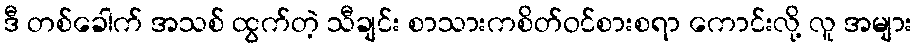
ဒီ တစ်ခေါက် အသစ် ထွက်တဲ့ သီချင်း စာသားကစိတ်ဝင်စားစရာ ကောင်းလို့ လူ အများ